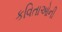
કવિતાઓની